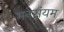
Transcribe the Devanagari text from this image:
मनसंयम